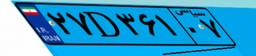
۳۰D۸۸۶۴۵